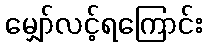
မျှော်လင့်ရကြောင်း